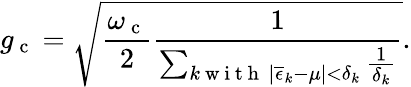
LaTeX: g_{\mathrm{~c~}}=\sqrt{\frac{\omega_{\mathrm{~c~}}}{2}\frac{1}{\sum_{\substack{k\mathrm{~w~i~t~h~}\, \left|\overline{{\epsilon}}_{k}-\mu\right|<\delta_{k}}}\frac{1}{\delta_{k}}}}.